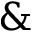
\&